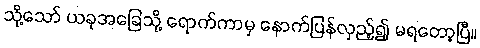
သို့သော် ယခုအခြေသို့ ရောက်ကာမှ နောက်ပြန်လှည့်၍ မရတော့ပြီ။